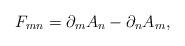
LaTeX: \begin{align*}F_{mn} = \partial_{m}A_n - \partial_{n}A_m,\end{align*}